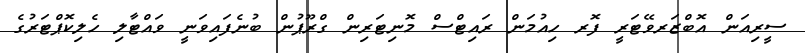
ސީރިއަން އޮބްޒަރވޭޓަރީ ފޮރ ހިއުމަން ރައިޓްސް މޮނިޓަރިން ގްރޫޕުން ބުނެފައިވަނީ ވައްޓާލި ހެލިކޮޕްޓަރުގެ